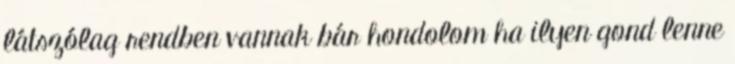
látszólag rendben vannak bár hondolom ha ilyen gond lenne